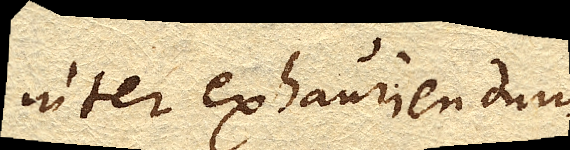
inter exhauriendum